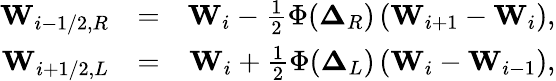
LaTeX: \begin{array}{rlr}{\mathbf{W}_{i-1/2,R}}&{=}&{\mathbf{W}_{i}-\frac{1}{2}\Phi(\boldsymbol\Delta_{R})\left(\mathbf{W}_{i+1}-\mathbf{W}_{i}\right),}\\ {\mathbf{W}_{i+1/2,L}}&{=}&{\mathbf{W}_{i}+\frac{1}{2}\Phi(\boldsymbol\Delta_{L})\left(\mathbf{W}_{i}-\mathbf{W}_{i-1}\right),}\end{array}